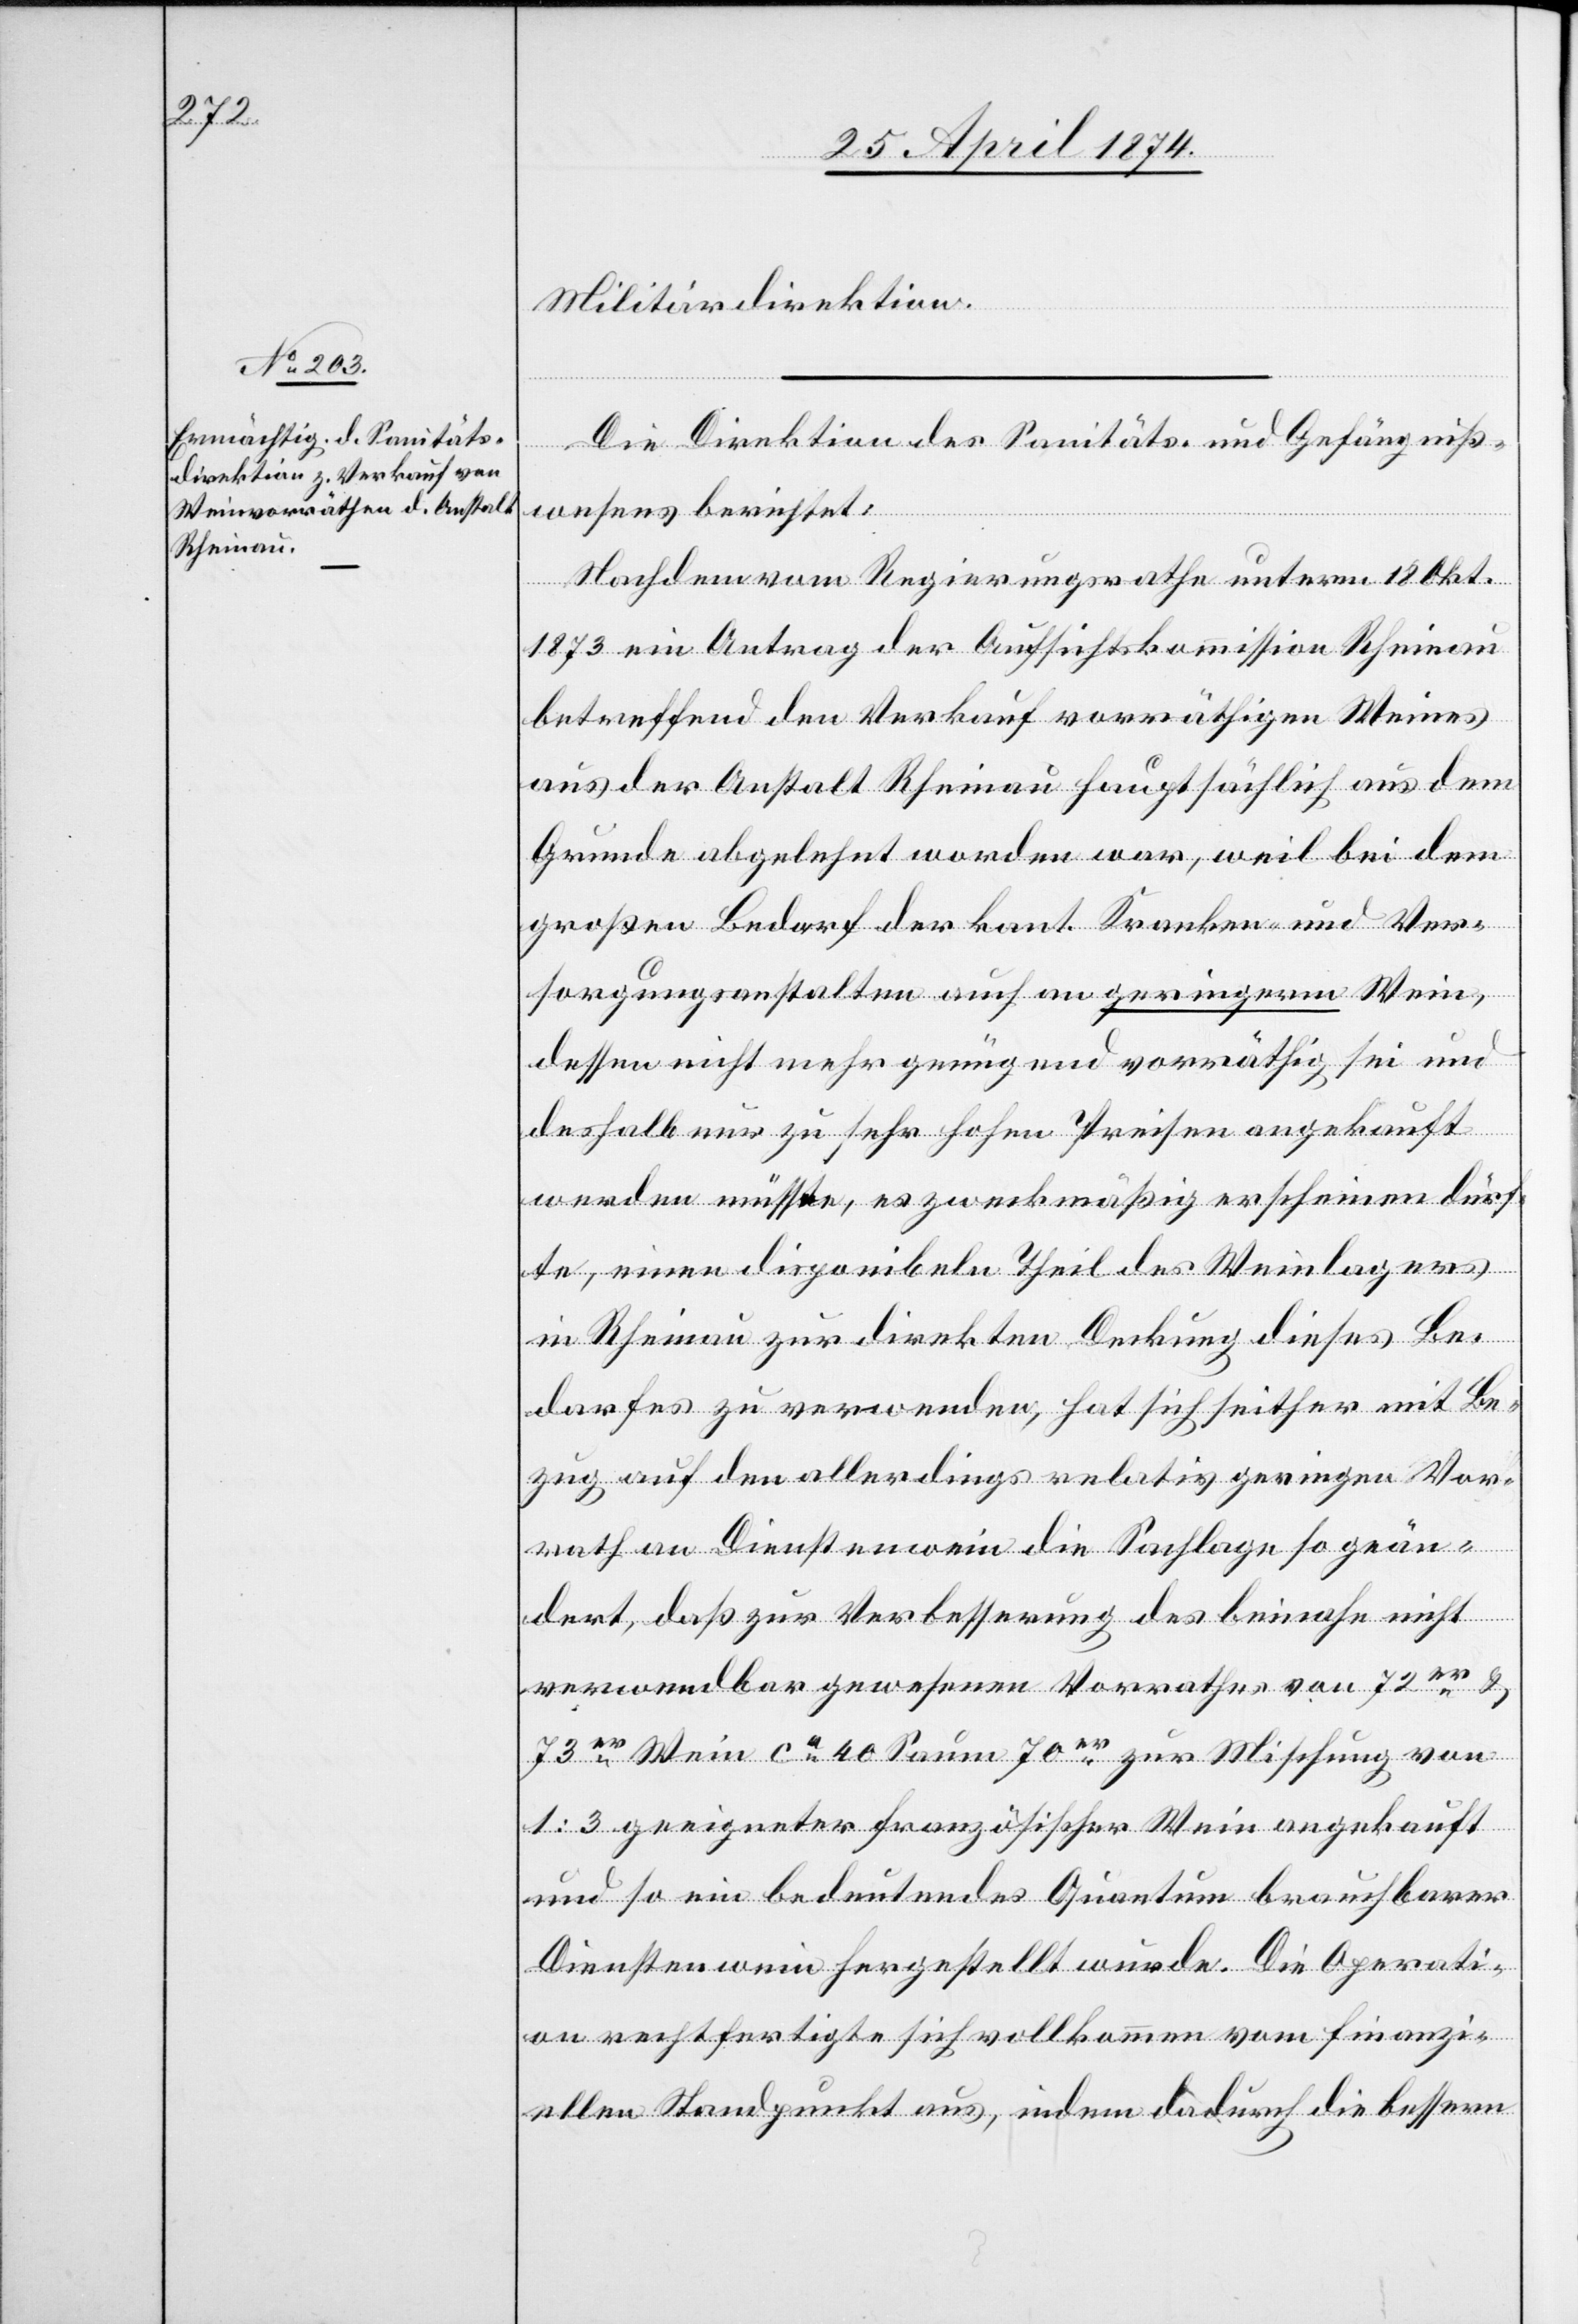
Militärdirektion.
Die Direktion des Sanitäts- und Gefängniß¬
wesens berichtet:
Nachdem vom Regierungsrathe unterm 18. Okt.
1873 ein Antrag der Aufsichtskommission Rheinau
betreffend den Verkauf vorräthigen Weines
aus der Anstalt Rheinau hauptsächlich aus dem
Grunde abgelehnt worden war, weil bei dem
großen Bedarf der kant. Kranken- und Ver¬
sorgungsanstalten auch an geringeren Wein,
dessen nicht mehr genügend vorräthig sei und
deshalb nur zu sehr hohen Preisen angekauft
werden müsste, es zweckmäßig erscheinen dürf¬
te, einen disponibeln Theil des Weinlagers
in Rheinau zur direkten Deckung dieses Be¬
darfes zu verwenden, hat sich seither mit Be¬
zug auf den allerdings relativ geringen Vor¬
rath an Dienstenwein die Sachlage so geän¬
dert, daß zur Verbesserung des beinahe nicht
verwendbar gewesenen Vorrathes von 72er u.
73er Wein ca 40 Saum 70er zur Mischung von
1:3 geeigneter französischer Wein angekauft
und so ein bedeutendes Quantum brauchbarer
Dienstenwein hergestellt wurde. Die Operati¬
on rechtfertigte sich vollkommen vom finanzi¬
ellen Standpunkt aus, indem dadurch die bessere